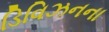
ડિવિઝનના